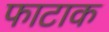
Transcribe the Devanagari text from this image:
फाटाक